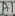
Text: A1